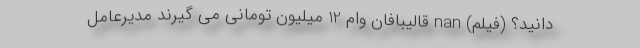
دانید؟ (فیلم) nan قالیبافان وام 12 میلیون تومانی می گیرند مدیرعامل